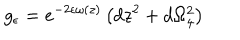
LaTeX: g _ { \epsilon } = e ^ { - 2 \epsilon \omega ( z ) } \left( d z ^ { 2 } + d \Omega _ { 4 } ^ { 2 } \right)